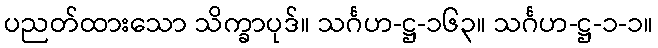
ပညတ်ထားသော သိက္ခာပုဒ်။ သင်္ဂဟ-ဋ္ဌ-၁၆၃။ သင်္ဂဟ-ဋ္ဌ-၁-၁။